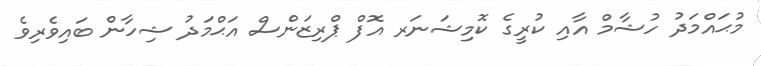
މުޙައްމަދު ހުޝާމް އާއި ކުރީގެ ކޮމިޝަނަރ އޮފް ޕްރިޒަންސް އަޙްމަދު ޝިހާން ބައިވެރިވެ